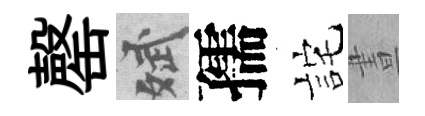
罄斌孺詫晝